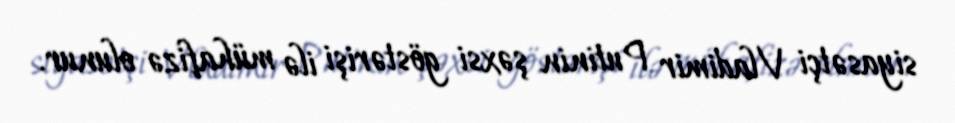
siyasətçi Vladimir Putinin şəxsi göstərişi ilə mühafizə olunur.